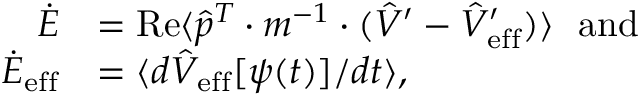
\begin{array} { r l } { \dot { E } } & { = \operatorname { R e } \langle \hat { p } ^ { T } \cdot m ^ { - 1 } \cdot ( \hat { V } ^ { \prime } - \hat { V } _ { \mathrm { e f f } } ^ { \prime } ) \rangle \mathrm { ~ \ a n d } } \\ { \dot { E } _ { \mathrm { e f f } } } & { = \langle d \hat { V } _ { \mathrm { e f f } } [ \psi ( t ) ] / d t \rangle , } \end{array}